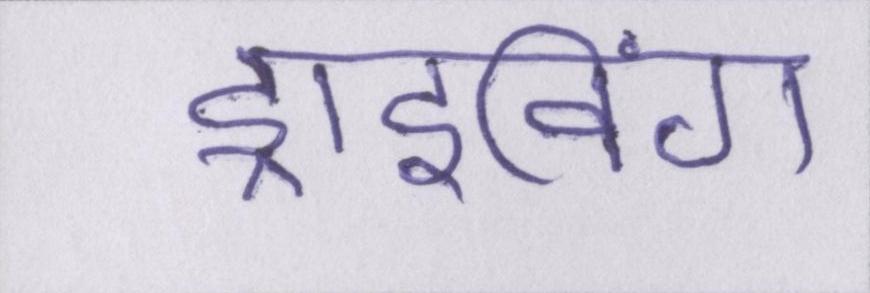
ड्राइविंग